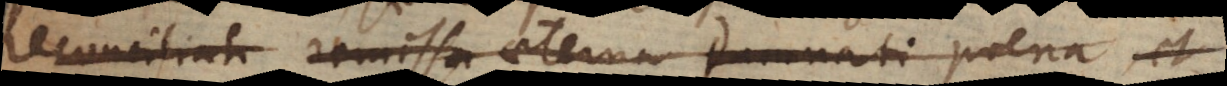
reconciliati remissa aeterna damnati poena et